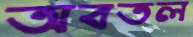
অবতল